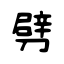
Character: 劈